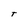
Character: T